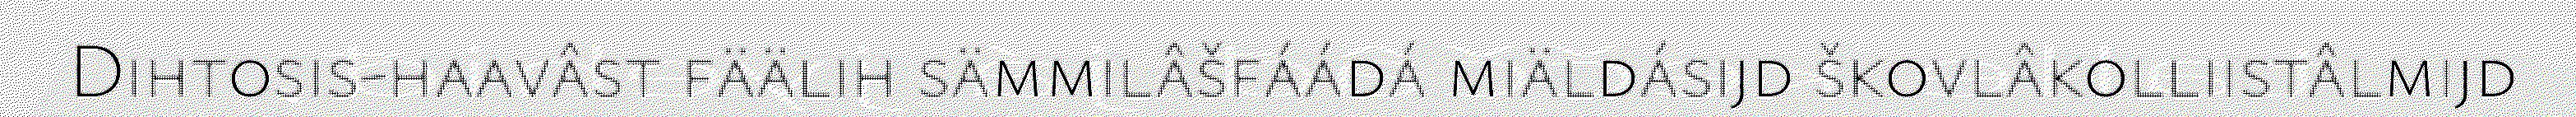
Dihtosis-haavâst fäälih sämmilâšfáádá miäldásijd škovlâkolliistâlmijd